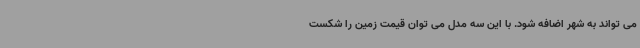
می تواند به شهر اضافه شود. با این سه مدل می توان قیمت زمین را شکست